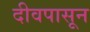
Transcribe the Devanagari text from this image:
दीवपासून